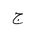
Letter: _gim